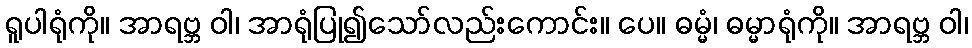
ရူပါရုံကို။ အာရဗ္ဘ ဝါ၊ အာရုံပြု၍သော်လည်းကောင်း။ ပေ။ ဓမ္မံ၊ ဓမ္မာရုံကို။ အာရဗ္ဘ ဝါ၊